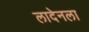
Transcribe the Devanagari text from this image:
लादेनला